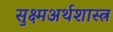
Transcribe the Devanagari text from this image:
सुक्ष्मअर्थशास्त्र